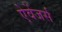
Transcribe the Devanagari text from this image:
ऐवेंजर्स